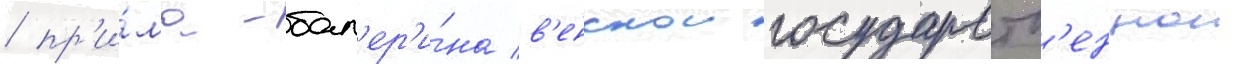
/ пр'и́ма-бал'ер'и́на в'енскои государств'еннои